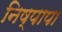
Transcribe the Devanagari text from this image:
निष्पापा